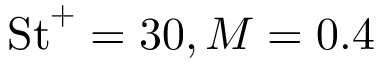
\mathrm { S t } ^ { + } = 3 0 , M = 0 . 4